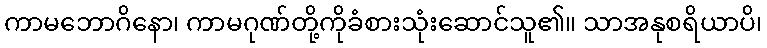
ကာမဘောဂိနော၊ ကာမဂုဏ်တို့ကိုခံစားသုံးဆောင်သူ၏။ သာအနုစရိယာပိ၊